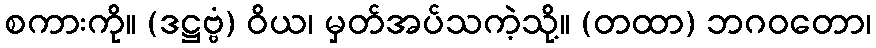
စကားကို။ (ဒဋ္ဌဗ္ဗံ) ဝိယ၊ မှတ်အပ်သကဲ့သို့။ (တထာ) ဘဂဝတော၊